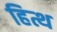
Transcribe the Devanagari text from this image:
हित्थ